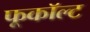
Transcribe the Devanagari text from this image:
फूकॉल्ट